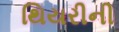
થિયરીની